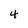
Character: 4